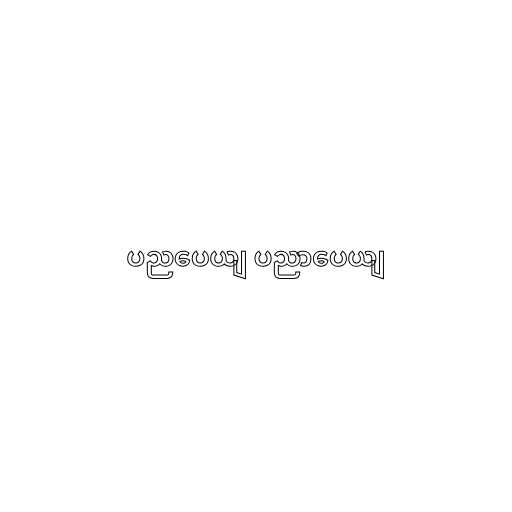
ပညပေယျ ပညာပေယျ